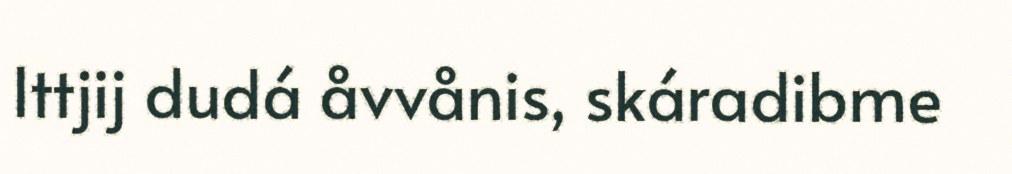
Ittjij dudá åvvånis, skáradibme